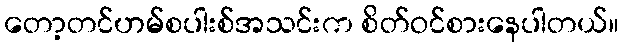
တော့တင်ဟမ်စပါးစ်အသင်းက စိတ်ဝင်စားနေပါတယ်။